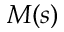
M ( s )